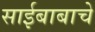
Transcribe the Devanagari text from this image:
साईबाबाचे